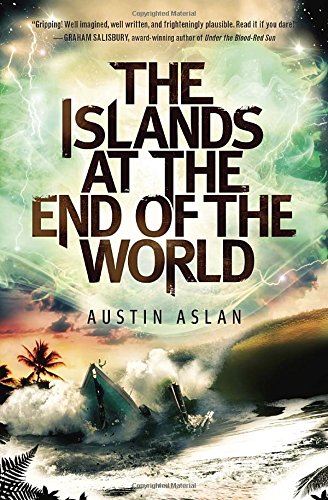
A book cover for The Islands at the End of the World; Austin Aslan; Health, Fitness & Dieting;